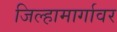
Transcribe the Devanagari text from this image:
जिल्हामार्गावर